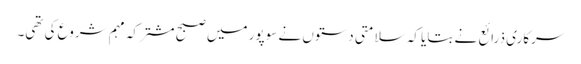
سرکاری ذرائع نے بتایا کہ سلامتی دستوں نے سوپور میں صبح مشترکہ مہم شروع کی تھی۔